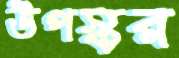
উপস্কর